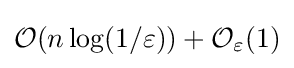
{\mathcal {O}}(n\log(1/\varepsilon ))+{\mathcal {O}}_{\varepsilon }(1)